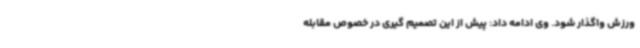
ورزش واگذار شود. وی ادامه داد: پیش از این تصمیم گیری در خصوص مقابله